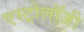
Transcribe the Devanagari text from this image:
एस्‍ट्रोलॉजी